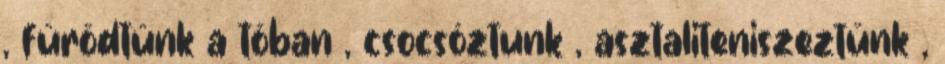
, fürödtünk a tóban , csocsóztunk , asztaliteniszeztünk ,